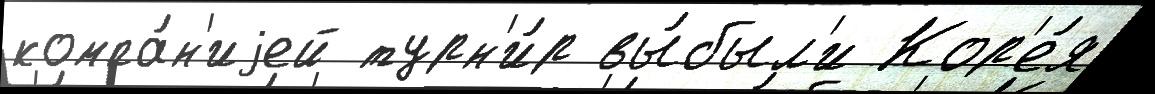
компа́н'иjей турн'и́р вы́был'и Кор'е́я